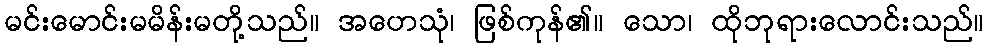
မင်းမောင်းမမိန်းမတို့သည်။ အဟေသုံ၊ ဖြစ်ကုန်၏။ သော၊ ထိုဘုရားလောင်းသည်။